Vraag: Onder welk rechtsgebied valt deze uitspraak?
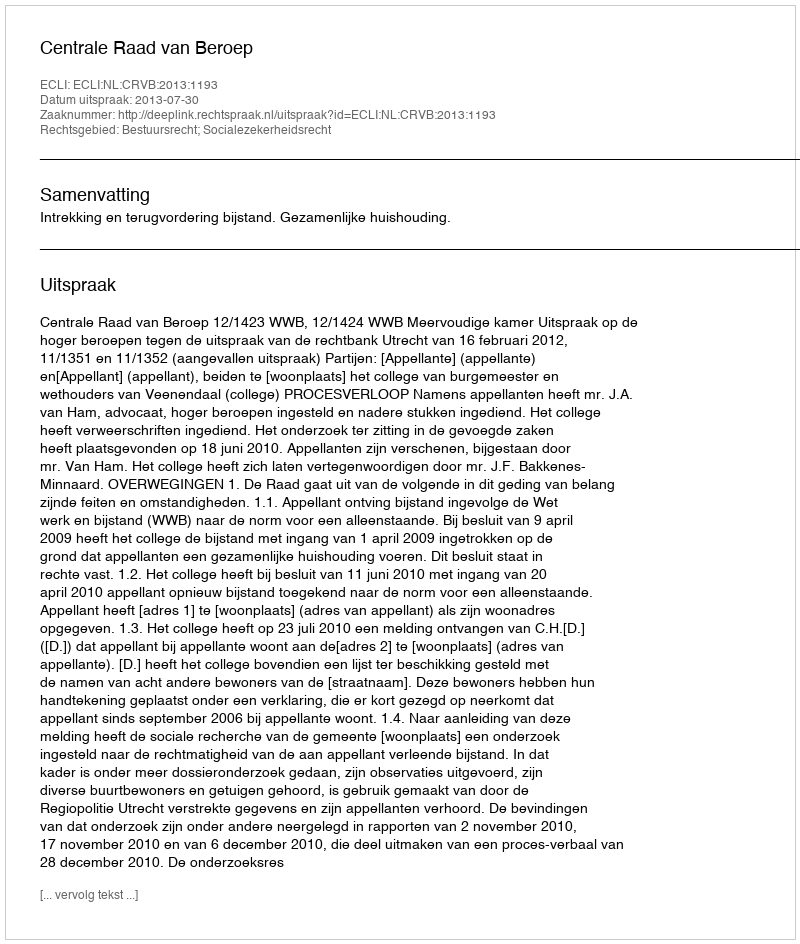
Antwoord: Bestuursrecht; Socialezekerheidsrecht